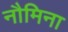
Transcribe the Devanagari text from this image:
नौमिना